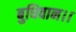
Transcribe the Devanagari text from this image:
बुधिवान।।